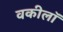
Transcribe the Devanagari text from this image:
वकीलॉ